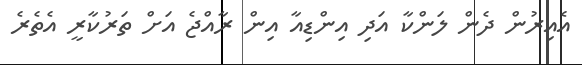
އެއިރުން ދެން ލަންކާ އަދި އިންޑިއާ އިން ރާއްޖެ އަށް ތަރުކާރީ އެތެރެ